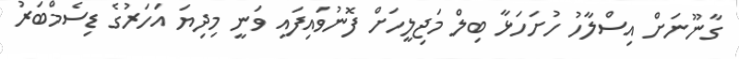
ގާނޫނަށް އިސްލާހު ހުށަހަޅާ ބިލް މަޖިލީހަށް ފޮނުވައިފައި ވަނީ މިދިޔަ އަހަރުގެ ޑިސެމްބަރު